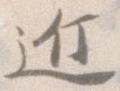
近